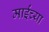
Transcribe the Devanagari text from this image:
माईंच्या